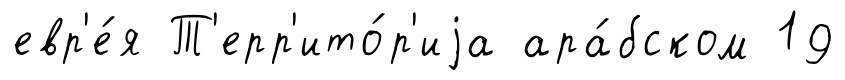
евр'е́я Т'ерр'ито́р'иjа ара́бском 19